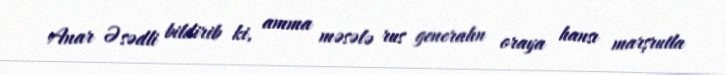
Anar Əsədli bildirib ki, amma məsələ rus generalın oraya hansı marşrutla